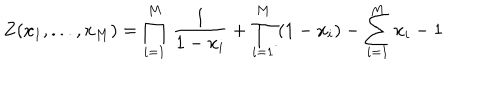
Z ( x _ { 1 } , . . . , x _ { M } ) = \prod _ { i = 1 } ^ { M } \, \frac { 1 } { 1 - x _ { i } } + \prod _ { i = 1 } ^ { M } \, ( 1 - x _ { i } ) - \sum _ { i = 1 } ^ { M } x _ { i } - 1